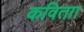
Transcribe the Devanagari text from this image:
कविताा